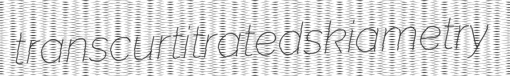
transcur titrated skiametry